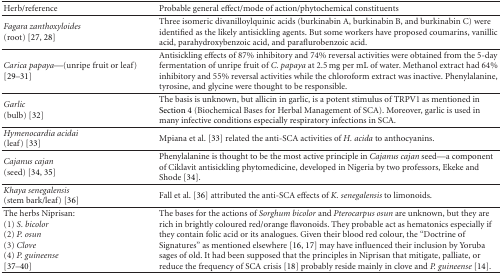
<table><thead><tr><td><b>Herb/reference</b></td><td><b>Probable general effect/mode of action/phytochemical constituents</b></td></tr></thead><tbody><tr><td><i>Fagara zanthoxyloides</i>(root) [27, 28]</td><td>Three isomeric divanilloylquinic acids (burkinabin A, burkinabin B, and burkinabin C) were identified as the likely antisickling agents. But some workers have proposed coumarins, vanillic acid, parahydroxybenzoic acid, and paraflurobenzoic acid.</td></tr><tr><td><i>Carica papaya</i>—(unripe fruit or leaf) [29–31]</td><td>Antisickling effects of 87% inhibitory and 74% reversal activities were obtained from the 5-day fermentation of unripe fruit of <i>C. papaya</i> at 2.5 mg per mL of water. Methanol extract had 64% inhibitory and 55% reversal activities while the chloroform extract was inactive. Phenylalanine, tyrosine, and glycine were thought to be responsible. </td></tr><tr><td><i>Garlic</i>(bulb) [32]</td><td>The basis is unknown, but allicin in garlic, is a potent stimulus of TRPV1 as mentioned in Section 4 (Biochemical Bases for Herbal Management of SCA). Moreover, garlic is used in many infective conditions especially respiratory infections in SCA.</td></tr><tr><td><i>Hymenocardia acidai</i>(leaf) [33]</td><td>Mpiana et al. [33] related the anti-SCA activities of <i>H. acida</i> to anthocyanins.</td></tr><tr><td><i>Cajanus cajan</i>(seed) [34, 35]</td><td>Phenylalanine is thought to be the most active principle in <i>Cajanus cajan</i> seed—a component of Ciklavit antisickling phytomedicine, developed in Nigeria by two professors, Ekeke and Shode [34].</td></tr><tr><td><i>Khaya senegalensis</i>(stem bark/leaf) [36]</td><td>Fall et al. [36] attributed the anti-SCA effects of <i>K. senegalensis</i> to limonoids.</td></tr><tr><td>The herbs Niprisan: (1) <i>S. bicolor</i>(2) <i>P. osun</i>(3) <i>Clove</i>(4) <i>P. guineense</i>[37–40]</td><td>The bases for the actions of <i>Sorghum bicolor</i> and <i>Pterocarpus osun</i> are unknown, but they are rich in brightly coloured red/orange flavonoids. They probable act as hematonics especially if they contain folic acid or its analogues. Given their blood red colour, the “Doctrine of Signatures” as mentioned elsewhere [16, 17] may have influenced their inclusion by Yoruba sages of old. It had been supposed that the principles in Niprisan that mitigate, palliate, or reduce the frequency of SCA crisis [18] probably reside mainly in clove and <i>P. guineense</i> [14].</td></tr></tbody></table>